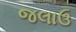
જલાઉ